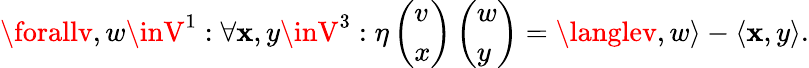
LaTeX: \forallv,w\inV^{1}:\forall\mathbf{x},y\inV^{3}:\eta\left(\begin{array}{l}{v}\\ {x}\end{array}\right)\left(\begin{array}{l}{w}\\ {y}\end{array}\right)=\langlev,w\rangle-\langle\mathbf{x},y\rangle.